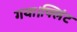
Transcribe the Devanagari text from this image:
गया।फ्लिंट